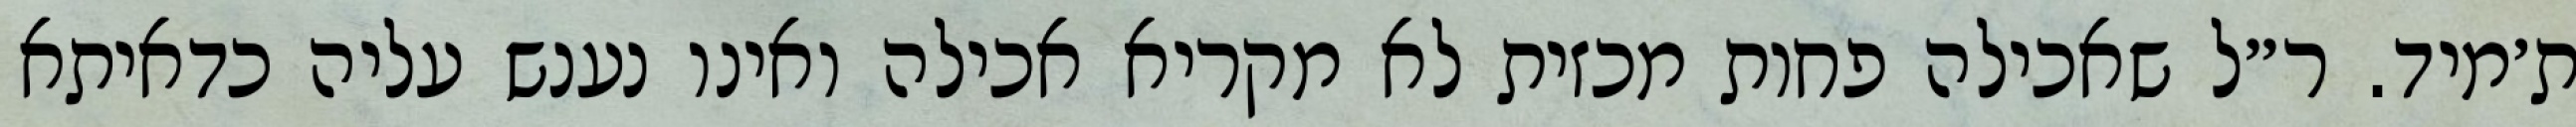
ת׳מיד. ר״ל שאכילה פחות מכזית לא מקריא אכילה ואינו נענש עליה כדאיתא